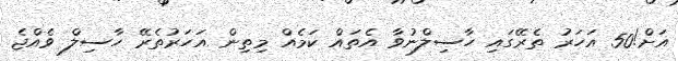
އަށް!50 އަހަރު ތެރޭގައި ހާސިލްނުވާ އެތައް ކަމެއް މިތިން އަހަރުތެރޭ ހާސިލް ވެއްޖެ